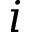
i